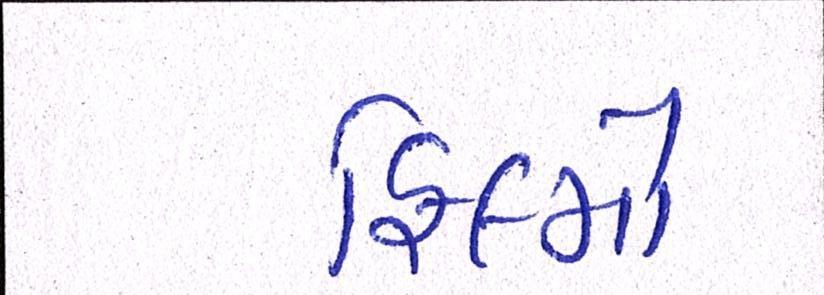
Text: ફિલ્મો